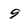
Character: 9